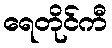
ရေတိုင်ကီ